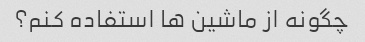
چگونه از ماشین ها استفاده کنم؟